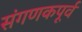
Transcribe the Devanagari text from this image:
संगणकपूर्व